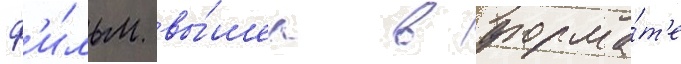
ф'и́льм вы́шел в форма́т'е